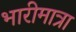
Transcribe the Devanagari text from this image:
भारीमात्रा